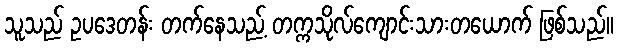
သူသည် ဥပဒေတန်း တက်နေသည့် တက္ကသိုလ်ကျောင်းသားတယောက် ဖြစ်သည်။